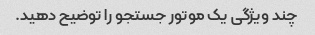
چند ویژگی یک موتور جستجو را توضیح دهید.